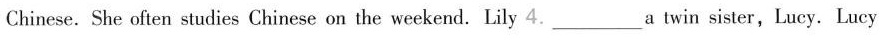
Chinese. She often studies Chinese on the weekend. Lily 4.___a twin sister,Lucy. Lucy